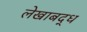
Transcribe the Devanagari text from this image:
लेखाबद्ध